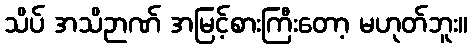
သိပ် အသိဉာဏ် အမြင့်စားကြီးတော့ မဟုတ်ဘူး။